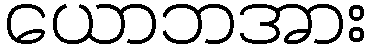
ယောဘအား